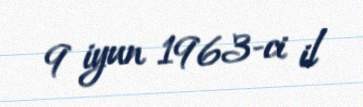
9 iyun 1963-ci il